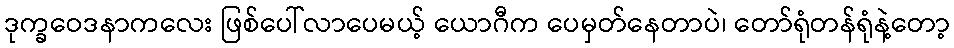
ဒုက္ခဝေဒနာကလေး ဖြစ်ပေါ်လာပေမယ့် ယောဂီက ပေမှတ်နေတာပဲ၊ တော်ရုံတန်ရုံနဲ့တော့